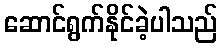
ဆောင်ရွက်နိုင်ခဲ့ပါသည်